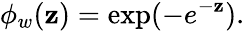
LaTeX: \phi_{w}(\mathbf{z})=\mathrm{{exp}}(-e^{-\mathbf{z}}).